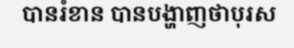
បានរំខាន បានបង្ហាញថាបុរស